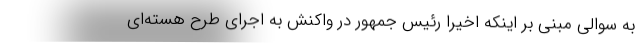
به سوالی مبنی بر اینکه اخیرا رئیس جمهور در واکنش به اجرای طرح هسته‌ای